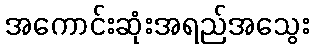
အကောင်းဆုံးအရည်အသွေး